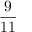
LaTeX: \frac { 9 } { 1 1 }